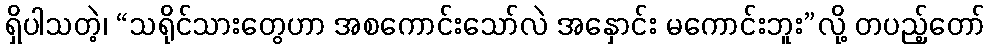
ရှိပါသတဲ့၊ “သရိုင်သားတွေဟာ အစကောင်းသော်လဲ အနှောင်း မကောင်းဘူး”လို့ တပည့်တော်